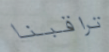
تراقبنا